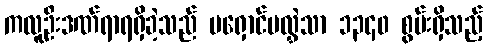
ကလူဦးဒဏ်ရာရရှိခဲ့သည် မရှောင်မလွှဲသာ ၁၃၄၀ စွမ်းရှိသည့်